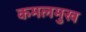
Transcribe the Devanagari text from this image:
कमलमुख